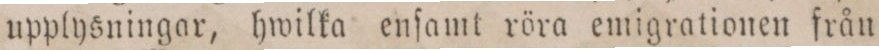
upplysningar, hwilka enſamt röra emigrationen från